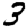
Digit: 3